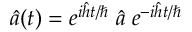
\hat { a } ( t ) = e ^ { i \hat { h } t / \hbar } \; \hat { a } \; e ^ { - i \hat { h } t / \hbar }